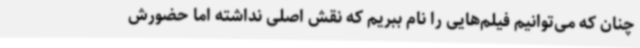
چنان که می‌توانیم فیلم‌هایی را نام ببریم که نقش اصلی نداشته اما حضورش